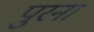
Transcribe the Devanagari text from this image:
पुरना